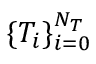
\{ T _ { i } \} _ { i = 0 } ^ { N _ { T } }